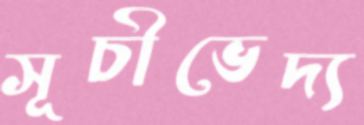
সূচীভেদ্য